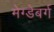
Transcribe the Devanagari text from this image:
मेग्डेबर्ग